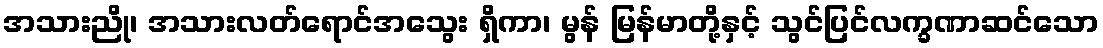
အသားညို၊ အသားလတ်ရောင်အသွေး ရှိကာ၊ မွန် မြန်မာတို့နှင့် သွင်ပြင်လက္ခဏာဆင်သော